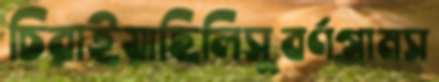
চিরাইয়াছিলিসুবর্ণগ্রামস